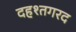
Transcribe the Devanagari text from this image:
दहश्तगरद